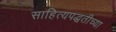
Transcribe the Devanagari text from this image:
साहित्यपद्धतीच्या